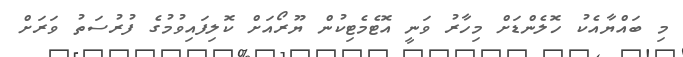
މި ބައްޔާއެކު ހޮލެންޑަށް މިހާރު ވަނީ އޮޓެމެޓިކުން ޔޫރޯއަށް ކޮލިފައިވުމުގެ ފުރުސަތު ވަރަށް